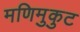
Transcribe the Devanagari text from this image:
मणिमुकुट